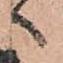
へ